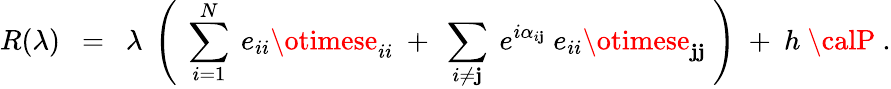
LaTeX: R(\lambda)~~=~~\lambda~\left(~\sum_{i=1}^{N}~e_{ii}\otimese_{ii}~+~\sum_{i\neq\mathbf{j}}~e^{i\alpha_{i\mathbf{j}}}~e_{ii}\otimese_{\mathbf{j}\mathbf{j}}~\right)~+~h~{\calP}~.